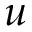
u